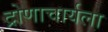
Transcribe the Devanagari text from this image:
द्रोणाचार्यला